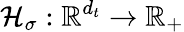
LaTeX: \mathcal{H}_{\sigma}:\mathbb{R}^{d_{t}}\to\mathbb{R}_{+}